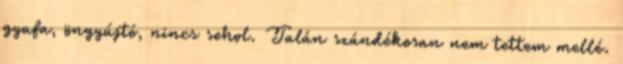
gyufa, öngyújtó, nincs sehol. Talán szándékosan nem tettem mellé.